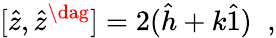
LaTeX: [\hat{z},\hat{z}^{\dag}]=2(\hat{h}+k\hat{1})\; \; ,